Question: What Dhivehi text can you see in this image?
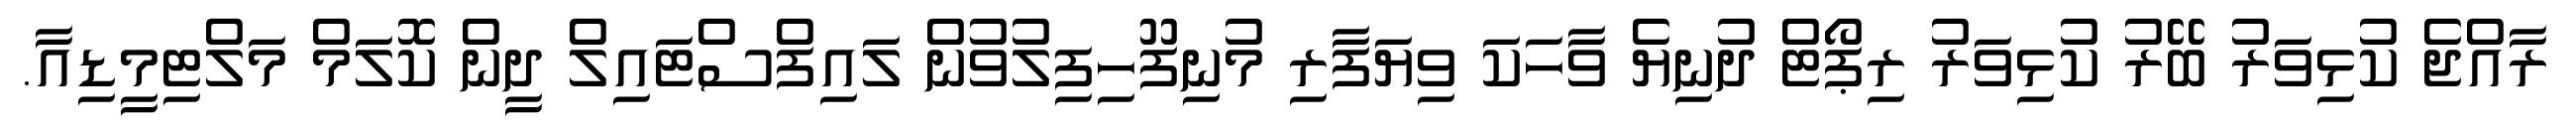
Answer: ރާއްޖެ ކުޅިވަރު ބޭރު ކުޅިވަރު ރިޕޯޓް ދުނިޔެ ވާހަކަ ވިޔަފާރި މުނިފޫހިފިލުވުން ލައިފްސްޓައިލް ދީން ކޮލަމް މަލްޓިމީޑިއާ.